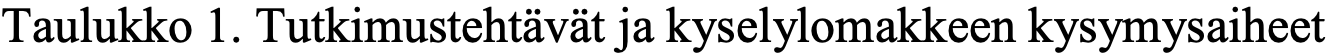
Taulukko 1. Tutkimustehtävät ja kyselylomakkeen kysymysaiheet